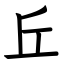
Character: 丘